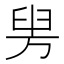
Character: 𦥤